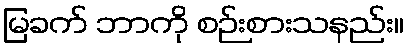
မြခက် ဘာကို စဉ်းစားသနည်း။